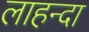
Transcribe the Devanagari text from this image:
लाहन्दा